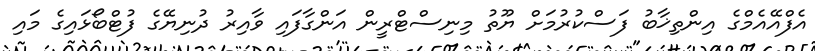
އެފްއޭއެމްގެ އިންތިޚާބު ފަސްކުރުމަށް ޔޫތު މިނިސްޓްރީން އަންގާފައި ވާއިރު ދުނިޔޭގެ ފުޓްބޯޅައިގެ މައި